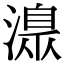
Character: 𣽍